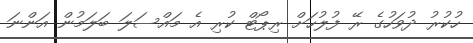
ހުކުރު ދުވަހުގެ ރޭ ފުލުހަށް ރިޕޯޓް ކުރި އެ މައްސަލަ ބަލަމުން އަންނަ